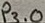
Text: P3.0